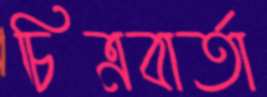
চিত্রবার্তা